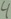
Text: 4